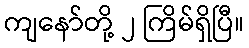
ကျနော်တို့ ၂ ကြိမ်ရှိပြီ။